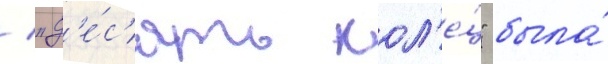
/ "д'е́с'ять кол'е́ц" была́